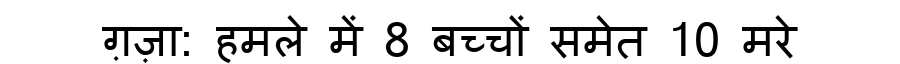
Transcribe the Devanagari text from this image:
ग़ज़ा: हमले में 8 बच्चों समेत 10 मरे